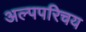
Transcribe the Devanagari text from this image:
अल्पपरिचय